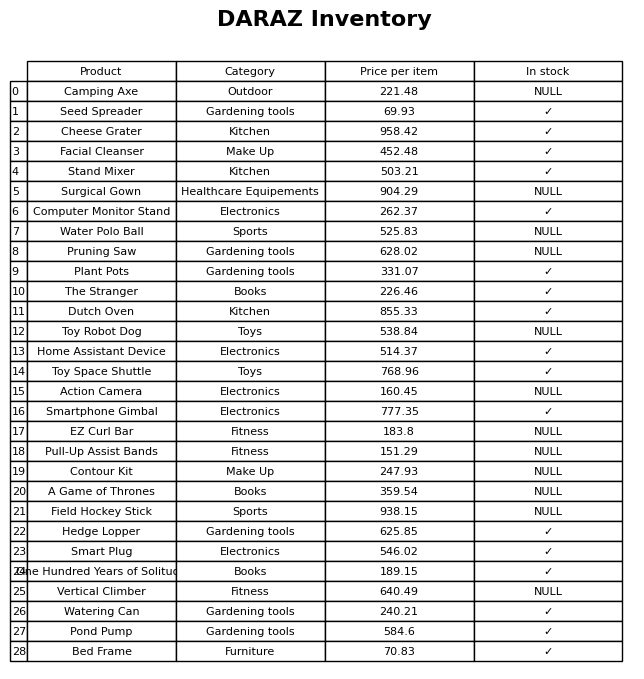
question: What is the price of the Toy Robot Dog?
answer: The price of Toy Robot Dog is 538.84.